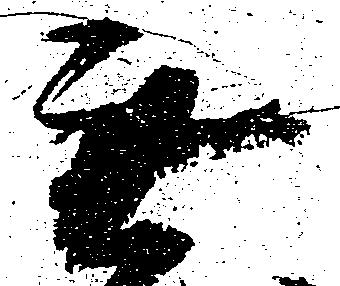
無